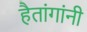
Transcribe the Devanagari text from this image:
हैतांगांनी